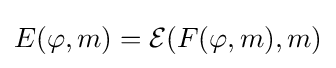
E(\varphi ,m)={\mathcal {E}}(F(\varphi ,m),m)